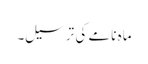
ماہ نامے کی ترسیل۔